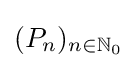
(P_{n})_{n\in \mathbb {N} _{0}}